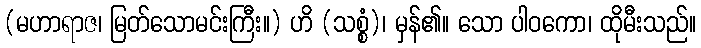
(မဟာရာဇ၊ မြတ်သောမင်းကြီး။) ဟိ (သစ္စံ)၊ မှန်၏။ သော ပါဝကော၊ ထိုမီးသည်။